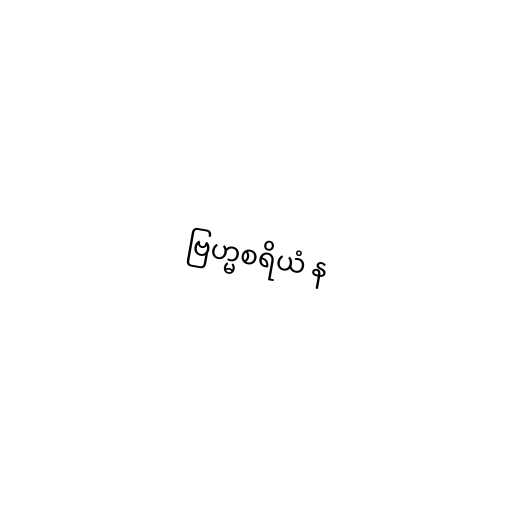
ဗြဟ္မစရိယံ န